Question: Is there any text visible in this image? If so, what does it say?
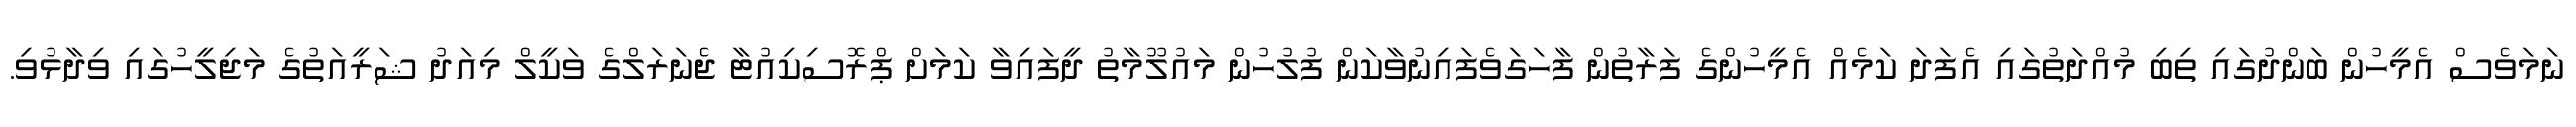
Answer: ނަމަވެސް އެމީހުން ބަންދުގައި ތިބި މުއްދަތުގައި އެފަދަ ކަމެއް އެމީހުންގެ ފަރާތުން ފާހަގަވެފައިނުވާކަން ފުލުހުން މައުލޫމާތު ދީފައިވާ ކަމަށް ޕްރޮސިކިއުޓާ ޖެނަރަލްގެ ވަކީލް މިއަދު ޝަރީއަތުގެ މަޖިލީހުގައި ވިދާޅުވި.